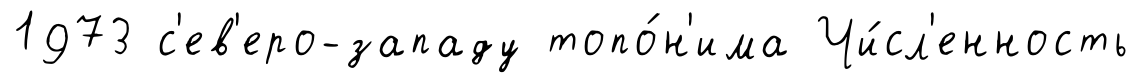
1973 с'ев'еро-западу топо́н'има Чи́сл'енность